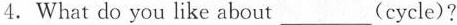
4.What do you like about___(cycle)?